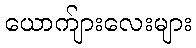
ယောက်ျားလေးများ